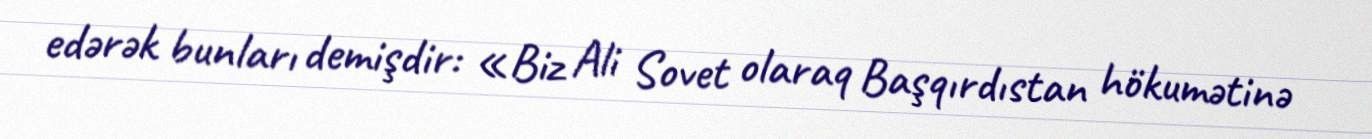
edərək bunları demişdir: «Biz Ali Sovet olaraq Başqırdıstan hökumətinə